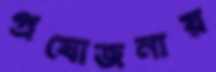
প্রযোজনায়